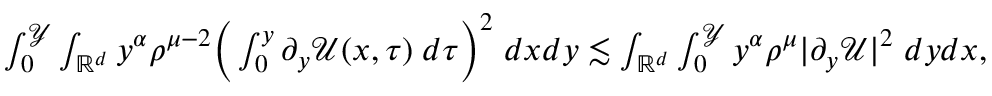
\begin{array} { r } { \int _ { 0 } ^ { \mathcal { Y } } \int _ { \mathbb { R } ^ { d } } y ^ { \alpha } \rho ^ { \mu - 2 } \Big ( \int _ { 0 } ^ { y } \partial _ { y } \mathcal { U } ( x , \tau ) \; d \tau \Big ) ^ { 2 } \; d x d y \lesssim \int _ { \mathbb { R } ^ { d } } \int _ { 0 } ^ { \mathcal { Y } } y ^ { \alpha } \rho ^ { \mu } | \partial _ { y } \mathcal { U } | ^ { 2 } \; d y d x , } \end{array}